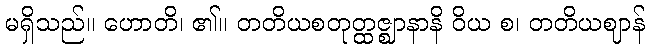
မရှိသည်။ ဟောတိ၊ ၏။ တတိယစတုတ္ထဇ္ဈာနာနိ ဝိယ စ၊ တတိယဈာန်